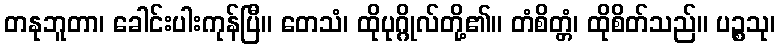
တနုဘူတာ၊ ခေါင်းပါးကုန်ပြီ။ တေသံ၊ ထိုပုဂ္ဂိုလ်တို့၏။ တံစိတ္တံ၊ ထိုစိတ်သည်။ ပဉ္စသု၊